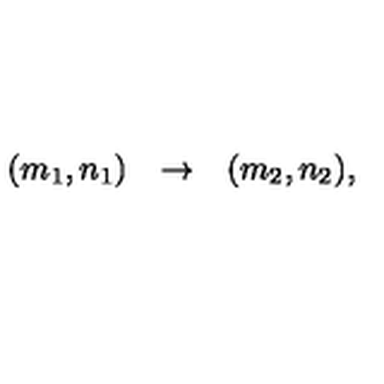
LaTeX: \begin{array} { l c r } { ( m _ { 1 } , n _ { 1 } ) } & { \rightarrow } & { ( m _ { 2 } , n _ { 2 } ) , } \\ \end{array}